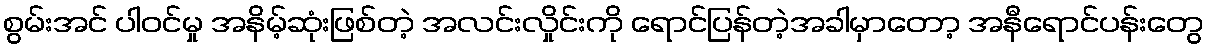
စွမ်းအင် ပါဝင်မှု အနိမ့်ဆုံးဖြစ်တဲ့ အလင်းလှိုင်းကို ရောင်ပြန်တဲ့အခါမှာတော့ အနီရောင်ပန်းတွေ